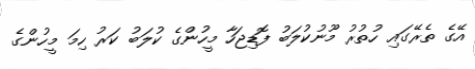
އޭގެ ތެރޭގައި ހުތުރު މޫނުކުލަބު ފޮޑިޖަހާ މީހުންގެ ކުލަބު ކަރު ހިމަ މީހުންގެ